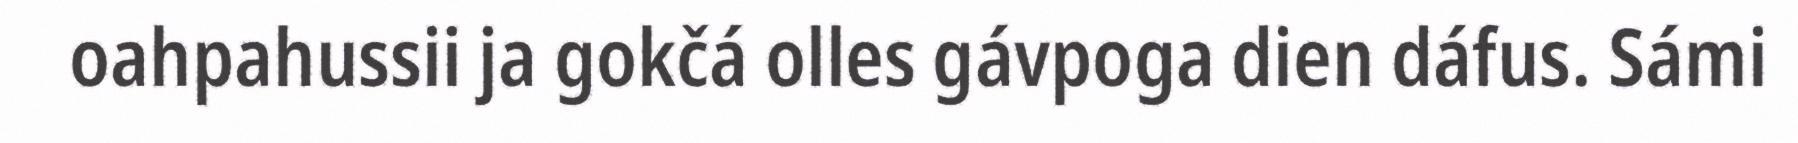
oahpahussii ja gokčá olles gávpoga dien dáfus. Sámi